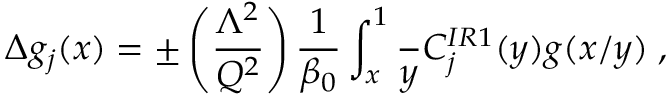
\Delta g _ { j } ( x ) = \pm \left( \frac { \Lambda ^ { 2 } } { Q ^ { 2 } } \right) \frac { 1 } { \beta _ { 0 } } \int _ { x } ^ { 1 } \frac { \d y } { y } C _ { j } ^ { I R 1 } ( y ) g ( x / y ) \; ,